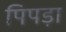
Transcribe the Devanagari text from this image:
पिपड़ा